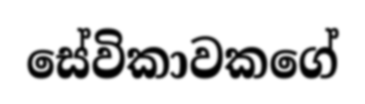
සේවිකාවකගේ